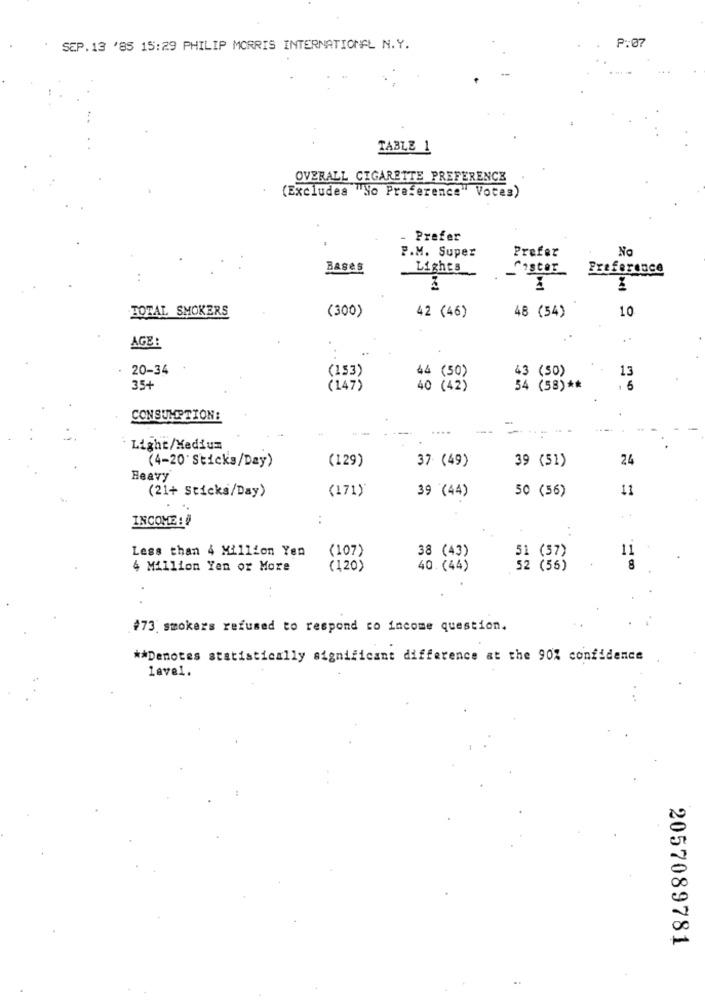
SEP.13 '85 15:29 PHILIP MORRIS INTERNATIONAL N.Y.
P:07
TABLE 1
OVERALL CIGARETTE PREFERENCE
(Excludes "No Preference" Votes)
- Prefer
Prefer
No
P.M. Super
Bases
Lights
-
Cister
Preference
TOTAL SMOKERS
(300)
42 (46)
10
48 (54)
AGE:
. 20-34
(153)
13
44 (50)
43 (50)
35+
(147)
40 (42)
54 (58) **
1 6
CONSUMPTION:
....
=
Light/Medium
(129)
37 (49)
39 (51)
24
(4-20 Sticks/Day)
Heavy
(21+ Sticks/Day)
(171)
39 (44)
50 (56)
11
INCOME :
:
Less than 4 Million Yen
(107)
11
38 (43)
51 (57)
4 Million Yen or More
(120)
40.(44)
52 (56)
8
#73 smokers refused to respond to income question.
** Denotes statistically significant difference at the 90% confidence
lavel.
2057089781